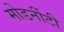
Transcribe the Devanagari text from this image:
मोडर्नीटी